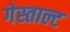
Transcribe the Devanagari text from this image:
गेस्ताल्ट